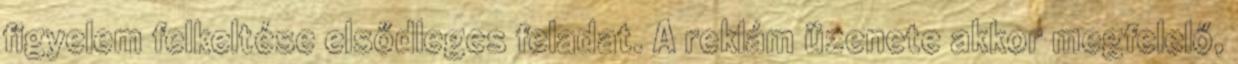
figyelem felkeltése elsődleges feladat. A reklám üzenete akkor megfelelő,